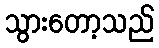
သွားတော့သည်